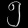
Digit: ၅